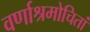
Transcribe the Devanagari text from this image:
वर्णाश्रमोचितां